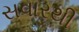
સવારથી